Indian journal of veterinary science and animal husbandry - Volume 2,
Year: 1932
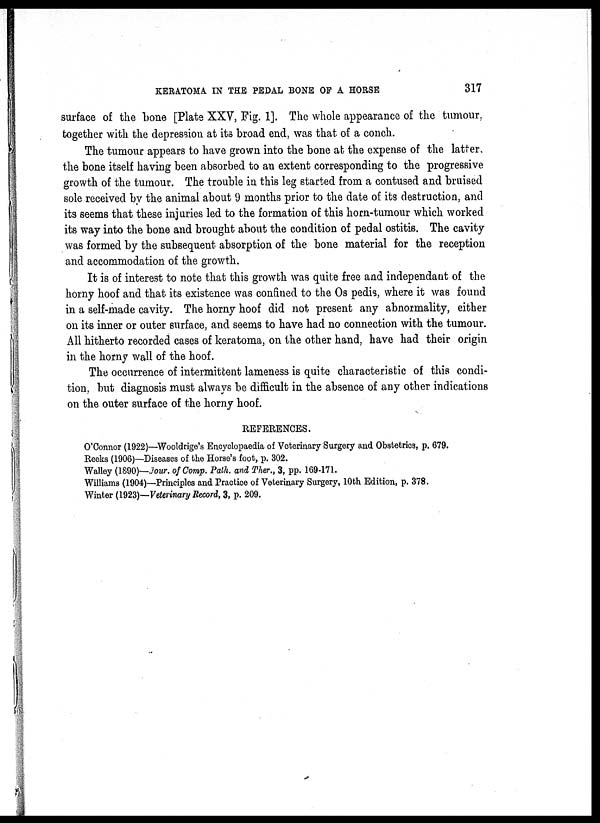
KERATOMA IN THE PEDAL BONE OF A HORSE
317
surface of the bone [Plate XXV, Fig. 1]. The whole appearance of the tumour,
together with the depression at its broad end, was that of a conch.
The tumour appears to have grown into the bone at the expense of the latter,
the bone itself having been absorbed to an extent corresponding to the progressive
growth of the tumour. The trouble in this leg started from a contused and bruised
sole received by the animal about 9 months prior to the date of its destruction, and
its seems that these injuries led to the formation of this horn-tumour which worked
its way into the bone and brought about the condition of pedal ostitis. The cavity
was formed by the subsequent absorption of the bone material for the reception
and accommodation of the growth.
It is of interest to note that this growth was quite free and independant of the
horny hoof and that its existence was confined to the Os pedis, where it was found
in a self-made cavity. The horny hoof did not present any abnormality, either
on its inner or outer surface, and seems to have had no connection with the tumour.
All hitherto recorded cases of keratoma, on the other hand, have had their origin
in the horny wall of the hoof.
The occurrence of intermittent lameness is quite characteristic of this condi-
tion, but diagnosis must always be difficult in the absence of any other indications
on the outer surface of the horny hoof.
REFERENCES.
O'Connor (1922)—Wooldrige's Encyclopaedia of Veterinary Surgery and Obstetrics, p. 679.
Reeks (1906)—Diseases of the Horse's foot, p. 302.
Walley (1890)—Jour. of Comp. Path. and Ther., 3, pp. 169-171.
Williams (1904)—Principles and Practice of Veterinary Surgery, 10th Edition, p. 378.
Winter (1923)—Veterinary Record, 3, p. 209.